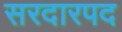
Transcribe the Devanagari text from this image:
सरदारपद